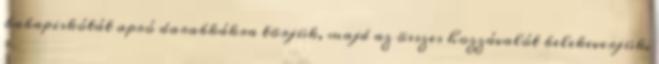
babapiskótát apró darabkákra törjük, majd az összes hozzávalót belekeverjük.